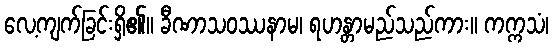
လေ့ကျက်ခြင်းရှိ၏။ ခီဏာသဝဿနာမ၊ ရဟန္တာမည်သည်ကား။ ကက္ကသံ၊